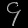
Digit: ၄